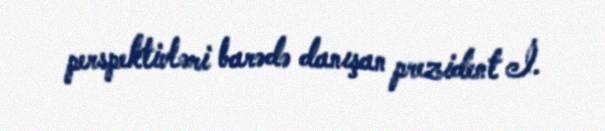
perspektivləri barədə danışan prezident İ.